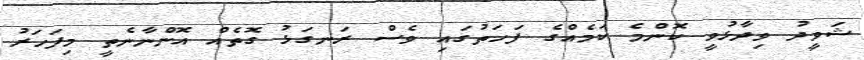
ޝަވީދު ވިދާޅުވީ ކޮންމެ ކަމެއްގެ ފަހަތުގައި ވެސް ރަނގަޅު ގޮތެއް އޮންނާނެތީ މިފަހަރު